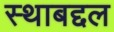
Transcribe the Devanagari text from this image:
स्थाबद्दल